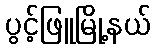
ပွင့်ဖြူမြို့နယ်